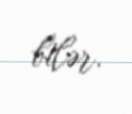
bilər.